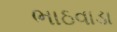
ભાઠવાડા